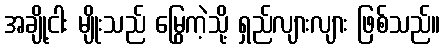
အချို့ငါး မျိုးသည် မြွေကဲ့သို့ ရှည်လျားလျား ဖြစ်သည်။